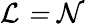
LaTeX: \cal{L}=\cal{N}